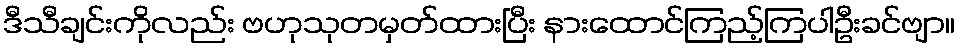
ဒီသီချင်းကိုလည်း ဗဟုသုတမှတ်ထားပြီး နားထောင်ကြည့်ကြပါဦးခင်ဗျာ။